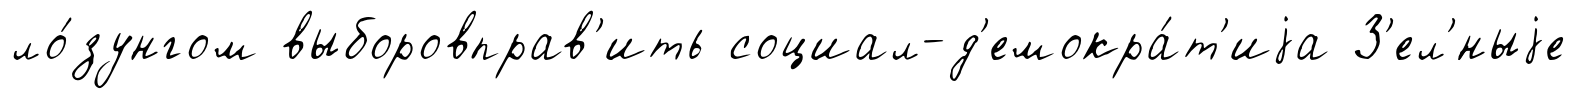
ло́зунгом выборовправ'ить социал-д'емокра́т'иjа З'ел'́ныjе